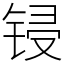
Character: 锓